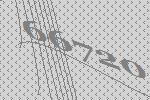
66720